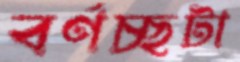
বর্ণচ্ছটা